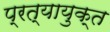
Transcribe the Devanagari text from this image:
प्रत्यायुक्त